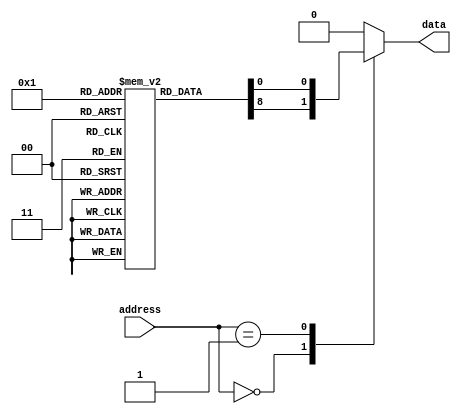
module anti_fuse_rom(
    input wire [7:0] address,
    output reg data
);

reg [7:0] memory [0:255];

always @(*)
begin
    case(address)
        8'h00: data = memory[0];  // Example data stored at address 0
        8'h01: data = memory[1];  // Example data stored at address 1
        // Add more cases for other memory addresses as needed
        default: data = 8'b0;  // Default case for uninitialized memory
    endcase
end

// Initialize memory contents (blow anti-fuses)
initial begin
    memory[0] = 8'b1;  // Example data to be stored at address 0
    memory[1] = 8'b0;  // Example data to be stored at address 1
    // Initialize more memory locations as needed
end

endmodule